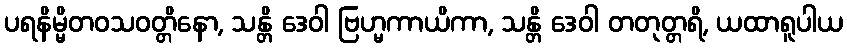
ပရနိမ္မိတဝသဝတ္တိနော, သန္တိ ဒေဝါ ဗြဟ္မကာယိကာ, သန္တိ ဒေဝါ တတုတ္တရိ, ယထာရူပါယ